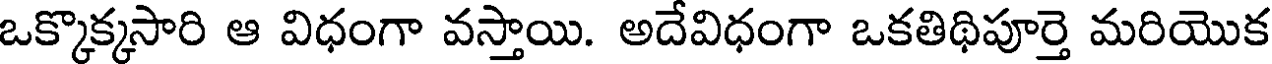
ఒక్కొక్కసారి ఆ విధంగా వస్తాయి. అదేవిధంగా ఒకతిథిపూర్తె మరియొక